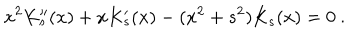
x ^ { 2 } K _ { s } ^ { \prime \prime } ( x ) + x K _ { s } ^ { \prime } ( x ) - ( x ^ { 2 } + s ^ { 2 } ) K _ { s } ( x ) = 0 \ .